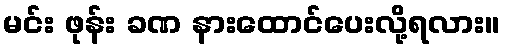
မင်း ဖုန်း ခဏ နားထောင်ပေးလို့ရလား။